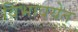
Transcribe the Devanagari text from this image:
विभावयेत्